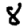
Digit: 8